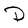
Character: D